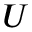
U